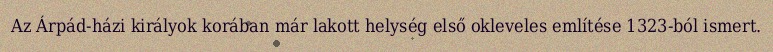
Az Árpád-házi királyok korában már lakott helység első okleveles említése 1323-ból ismert.